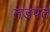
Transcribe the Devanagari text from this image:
तडपते